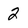
Character: 2